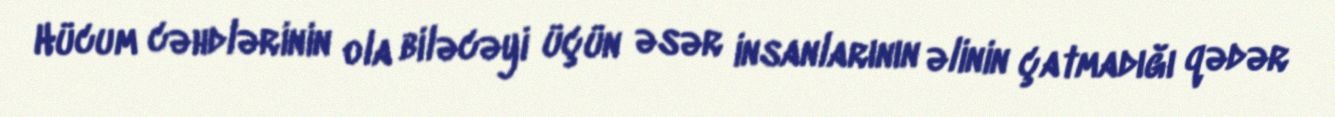
Hücum cəhdlərinin ola biləcəyi üçün əsər insanlarının əlinin çatmadığı qədər